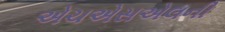
એચએસએલની